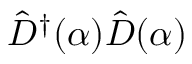
\hat { D } ^ { \dag } ( \alpha ) \hat { D } ( \alpha )